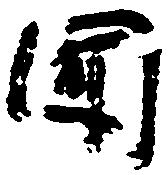
聞